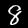
Digit: 8